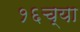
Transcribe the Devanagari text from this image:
१६च्या